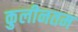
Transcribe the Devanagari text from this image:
कुलीनतम